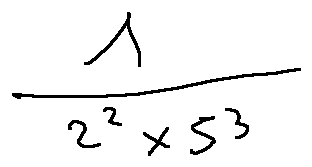
\frac { 1 } { 2 ^ { 2 } \times 5 ^ { 3 } }